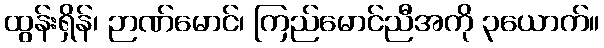
ထွန်းရှိန်၊ ဉာဏ်မောင်၊ ကြည်မောင်ညီအကို ၃ယောက်။